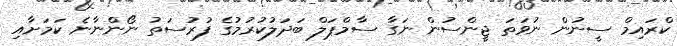
ކްރައިމް ސީނުން ނުވަތަ ޖީންސުން ނަގާ ސާމްޕަލް ބަދަލުކުރުމުގެ ފުރުސަތު ނޯންނާނެ ކަމަށާއި